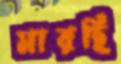
মারছি